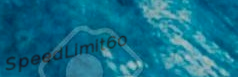
SpeedLimit60